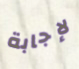
لإجابة